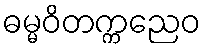
ဓမ္မဝိတက္ကညေဝ